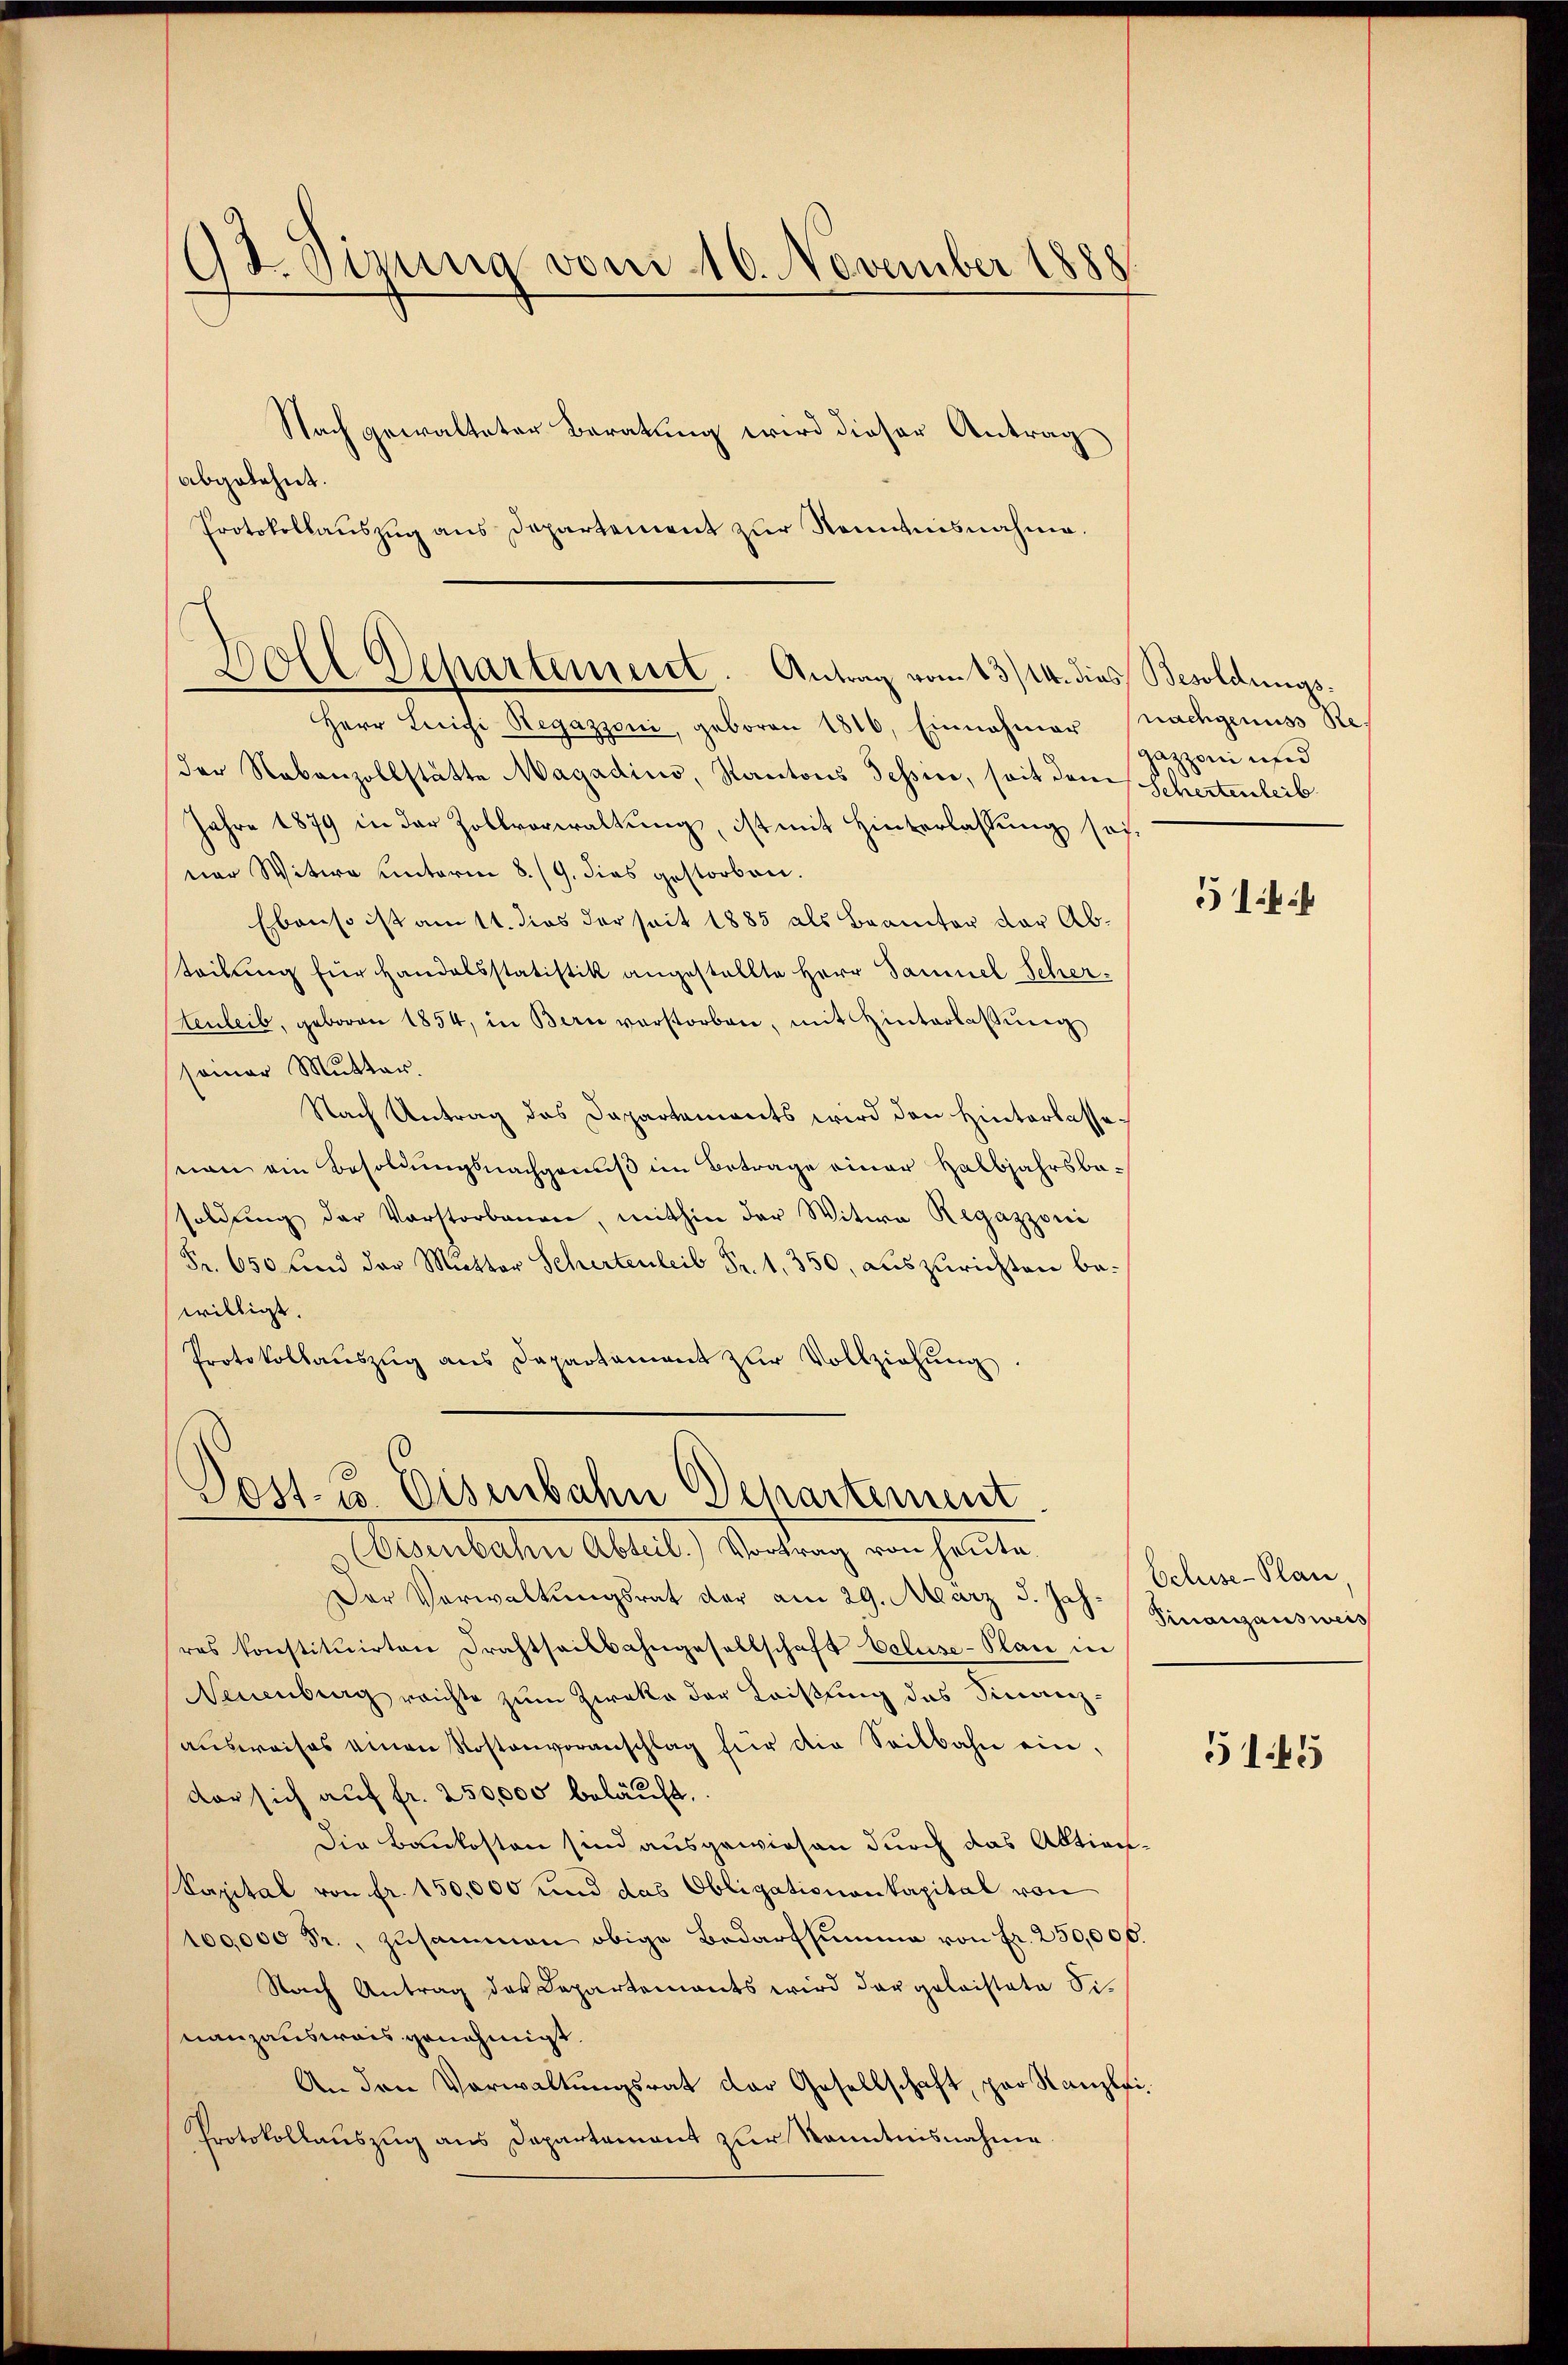
St. Gizung von 10. November 1888.

Nach gewalteter Beratung wird dieser Antrag
abgelehnt.
Protokollaŭszŭg ans Departement zŭr Romanisnahme.

Boll Departement. Antrag vom 13/14. dies Besoldungs¬

Herr Leichi Regazzoni, geboren 1816, Einnahmer nachgenuss Reder Nebenzollstätte Magadius, Kantons Tessin, soit dem Schertenleib
Jahre 1879 in der Zollvorwaltŭng, ist mit Hinterlassŭng sei-
ner Witwe unterm 8./9. dies gestorben.
Ebenso ist am 11. dies der seit 1885 als Beamter der Abteibung für Handelsstatistik angestellte Herr Samuel Scher¬
Stenteil, geboren 1854, in Bern verstorben, mit Hinterlassung
seiner Mutter.
Nach Antrag das Dapartements wird den Hinterlasse.
non ein Besoldŭngsnachgenβ im Betrage einer Halbjahrsbe-
soldŭng der Vorstorbenen, mithin der Witwe Regazzoni
Fr. 650 und der Mutter Schertenleib Fr. 1, 350, auszurichten bewilligt.
Protokollaŭszŭg ans Departament zŭr Vollziehŭng.

Post- u. Eisenbahn Departement
Eisenbahn Abteil) Vortrag von heute.

Der Vorwaltŭngsrat der am 29. März d. Js. Finanzausweis
res konstituirten Drahtsalbahngesellschaft voluse-Plan in
NNeuenburg reichte zum Zwecke der Leistung des Finanz-
aŭsweises einen Kostenvoranschlag für die Seilbahn ein-
dor sich auf fr. 250,000 beläuft.
Die Baukosten sind ausgewiesen durch das Aktien¬
Sapital von fr. 150,000 und das Obligationenkapital von
100,000 Fr., zusammen obige Bedarfsumme von Fr. 250,000.
Nach Antrag des Capartements wird der geleistete Sinanzausweis genehmigt.
An den Verwaltŭngsrat der Gesellschaft, par Kanzlei-
Protokollauszug aus Departament zur Kenntnisnahme

Gazzoni und

514:

Beluse-Plan,

5145